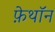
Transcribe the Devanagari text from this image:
फ़ेथॉन